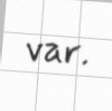
var.